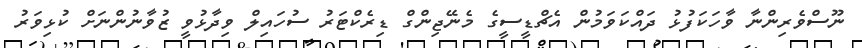
ނޫސްވެރިންނާ ވާހަކަފުޅު ދައްކަވަމުން އެޗްޑީސީގެ މެނޭޖިންގް ޑިރެކްޓަރު ސުހައިލް ވިދާޅުވީ ޒުވާނުންނަށް ކުޅިވަރު